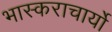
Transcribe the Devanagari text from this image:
भास्कराचार्यो